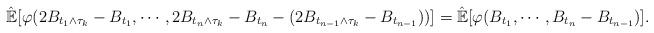
LaTeX: \begin{align*}\hat{\mathbb{E}}[\varphi(2B_{t_1\wedge\tau_k}-B_{t_1},\cdots,2B_{t_n\wedge\tau_k}-B_{t_n}-(2B_{t_{n-1}\wedge\tau_k}-B_{t_{n-1}}))] =\hat{\mathbb{E}}[\varphi(B_{t_1},\cdots,B_{t_n}-B_{t_{n-1}})].\end{align*}